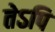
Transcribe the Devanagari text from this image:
तेऽपि